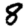
Digit: 8